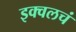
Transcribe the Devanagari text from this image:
इक्वलचं